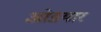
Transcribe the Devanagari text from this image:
ओडयार